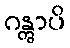
ဂန္တွာပိ